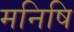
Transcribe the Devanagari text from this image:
मनिषि